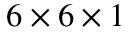
6 \times 6 \times 1